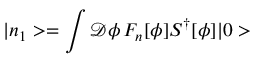
| n _ { 1 } > = \int \mathcal { D } \phi \, F _ { n } [ \phi ] S ^ { \dagger } [ \phi ] | 0 >